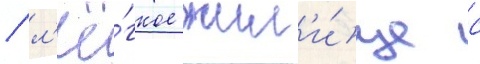
/ л'ё́гкое жил'и́ще с